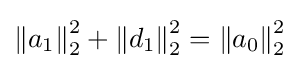
\left\|a_{1}\right\|_{2}^{2}+\left\|d_{1}\right\|_{2}^{2}=\left\|a_{0}\right\|_{2}^{2}